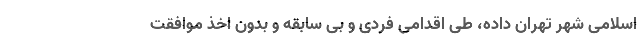
اسلامی شهر تهران داده، طی اقدامی فردی و بی سابقه و بدون اخذ موافقت